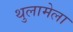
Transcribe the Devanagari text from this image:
थुलामेला